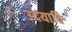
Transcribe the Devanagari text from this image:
उदयादि